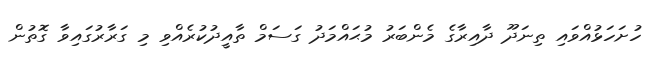
ހުށަހަޅުއްވައި ތިނަދޫ ދާއިރާގެ މެންބަރު މުޙައްމަދު ގަސަމް ތާއީދުކުރެއްވި މި ގަރާރުގައިވާ ގޮތުން